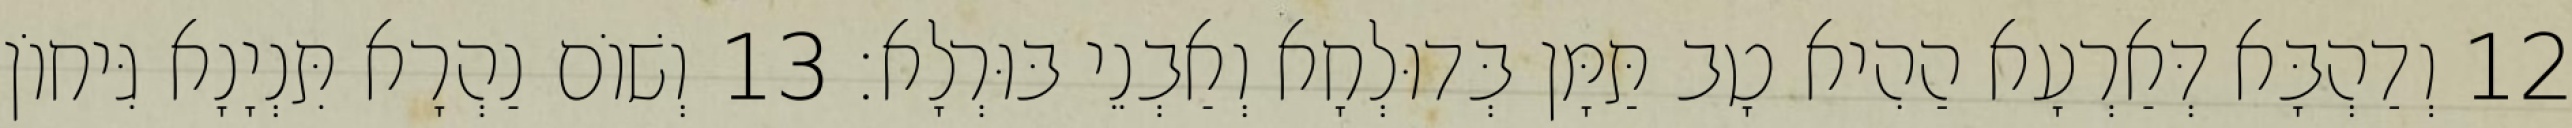
12 וְדַהְבָּא דְּאַרְעָא הַהִיא טָב תַּמָּן בְּדוּלְחָא וְאַבְנֵי בּוּרְלָא׃ 13 וְשׁוֹם נַהְרָא תִּנְיָנָא גִּיחוֹן